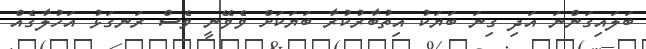
ބަލައިގަންނަ އަދި ގިނަ ބަޔަކު އިތުބާރުކުރާ ބަޔަކަށް ވެވޭނީ ވެސް ރަނގަޅު އަހުލާގެއް